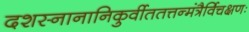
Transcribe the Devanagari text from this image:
दशस्नानानिकुर्वीततत्तन्मंत्रैर्विचक्षणः